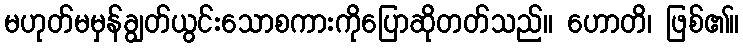
မဟုတ်မမှန်ချွတ်ယွင်းသောစကားကိုပြောဆိုတတ်သည်။ ဟောတိ၊ ဖြစ်၏။